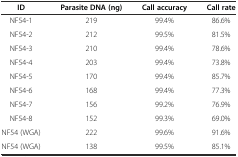
<table><thead><tr><td><b>ID</b></td><td><b>Parasite DNA (ng)</b></td><td><b>Call accuracy</b></td><td><b>Call rate</b></td></tr></thead><tbody><tr><td>NF54-1</td><td>219</td><td>99.4%</td><td>86.6%</td></tr><tr><td>NF54-2</td><td>212</td><td>99.5%</td><td>81.5%</td></tr><tr><td>NF54-3</td><td>210</td><td>99.4%</td><td>78.6%</td></tr><tr><td>NF54-4</td><td>203</td><td>99.4%</td><td>73.8%</td></tr><tr><td>NF54-5</td><td>170</td><td>99.4%</td><td>85.7%</td></tr><tr><td>NF54-6</td><td>168</td><td>99.4%</td><td>77.3%</td></tr><tr><td>NF54-7</td><td>156</td><td>99.2%</td><td>76.9%</td></tr><tr><td>NF54-8</td><td>152</td><td>99.3%</td><td>69.0%</td></tr><tr><td>NF54 (WGA)</td><td>222</td><td>99.6%</td><td>91.6%</td></tr><tr><td>NF54 (WGA)</td><td>138</td><td>99.5%</td><td>85.1%</td></tr></tbody></table>